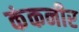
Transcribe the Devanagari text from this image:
कंकनीर